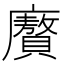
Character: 𭚍